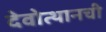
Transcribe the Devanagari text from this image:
देवोत्थानची